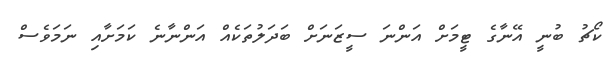
ކޯޗު ބުނީ އޭނާގެ ޓީމަށް އަންނަ ސީޒަނަށް ބަދަލުތަކެއް އަންނާނެ ކަމަށާއި ނަމަވެސް